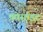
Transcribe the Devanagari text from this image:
फोर्साइट